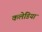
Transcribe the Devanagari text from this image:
कलेडिया